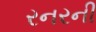
રનરની